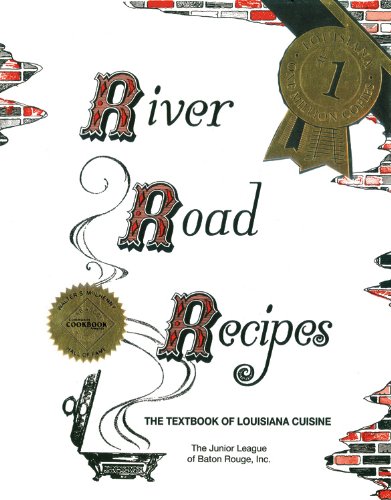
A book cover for River Road Recipes: The Textbook of Louisiana Cuisine; Junior League of Baton Rouge; Cookbooks, Food & Wine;